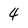
Character: 4